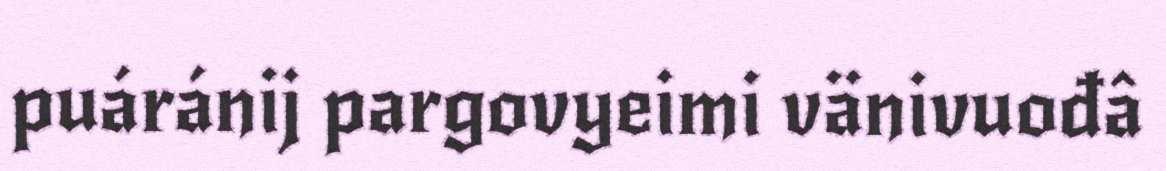
puáránij pargovyeimi vänivuođâ